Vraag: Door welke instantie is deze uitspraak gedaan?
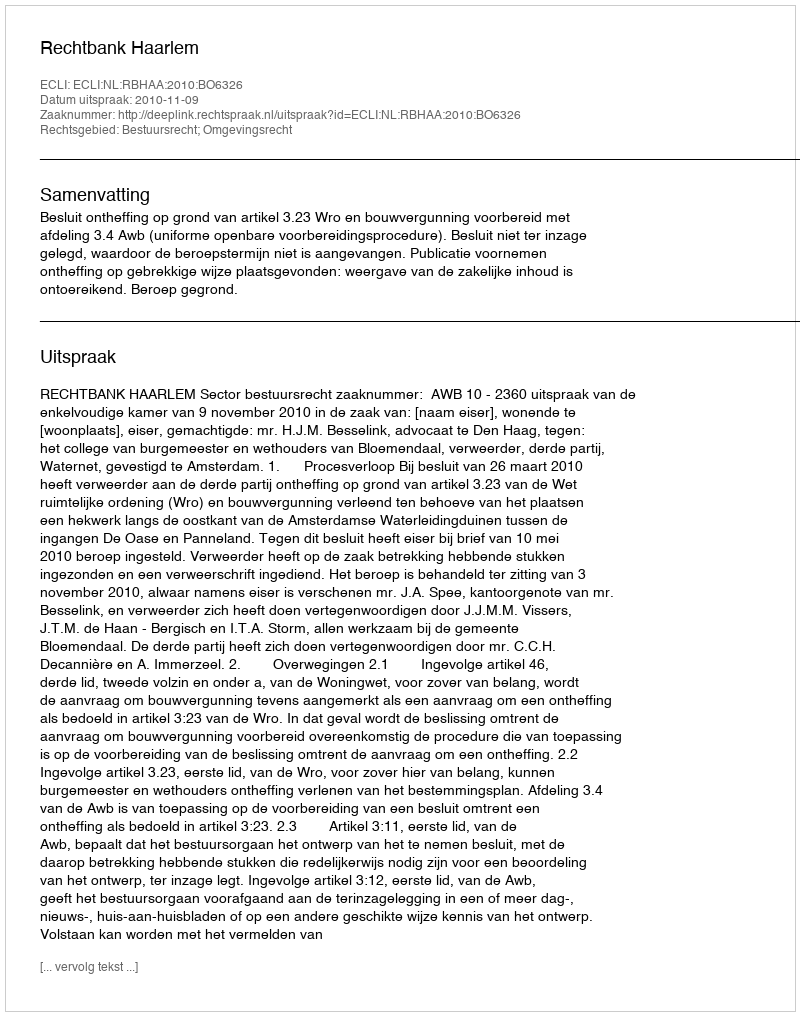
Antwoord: Rechtbank Haarlem